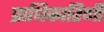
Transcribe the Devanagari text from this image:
प्राधिकारिणी